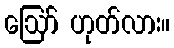
ဪ ဟုတ်လား။